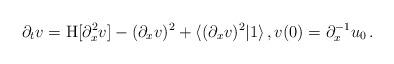
LaTeX: \begin{align*}\partial_t v = \textup{H}[\partial^2_x v] - (\partial_x v)^2 + \langle (\partial_x v)^2 | 1 \rangle\, , v(0) = \partial_x^{-1} u_0 \, .\end{align*}